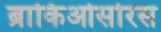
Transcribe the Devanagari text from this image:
ब्राकिओसोरस